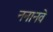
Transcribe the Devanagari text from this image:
ननानवे